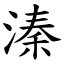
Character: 溱